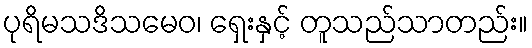
ပုရိမသဒိသမေဝ၊ ရှေးနှင့် တူသည်သာတည်း။